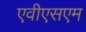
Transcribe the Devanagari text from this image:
एवीएसएम